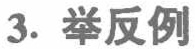
3. 举反例